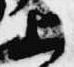
上